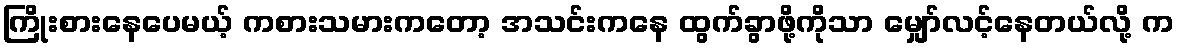
ကြိုးစားနေပေမယ့် ကစားသမားကတော့ အသင်းကနေ ထွက်ခွာဖို့ကိုသာ မျှော်လင့်နေတယ်လို့ က